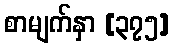
စာမျက်နှာ [၃၇၅]